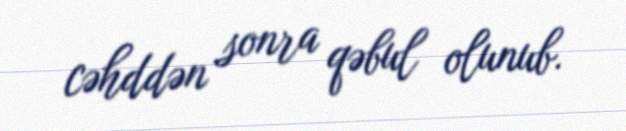
cəhddən sonra qəbul olunub.